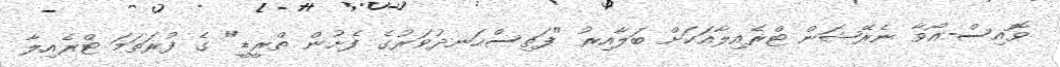
ވޮއިސް-އޯވާ ނެރޭޝަން ޓްރެއިލާއަކަށް ބަލާއިރު "ފަތިސްހަނދުވަރުގެ ފެށުން ތްރީޑީ" ގެ ފުރަތަމަ ޓްރެއިލާ